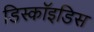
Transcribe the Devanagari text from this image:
डिस्कॉइडिस